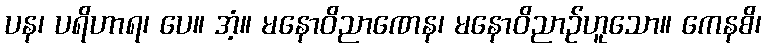
ပန၊ ပရိဟာရ၊ ပေ။ အံ့။ မနောဝိညာဏေန၊ မနောဝိညာဉ်ဟူသော။ ကေနစိ၊